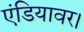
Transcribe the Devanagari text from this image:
एंडियावर।